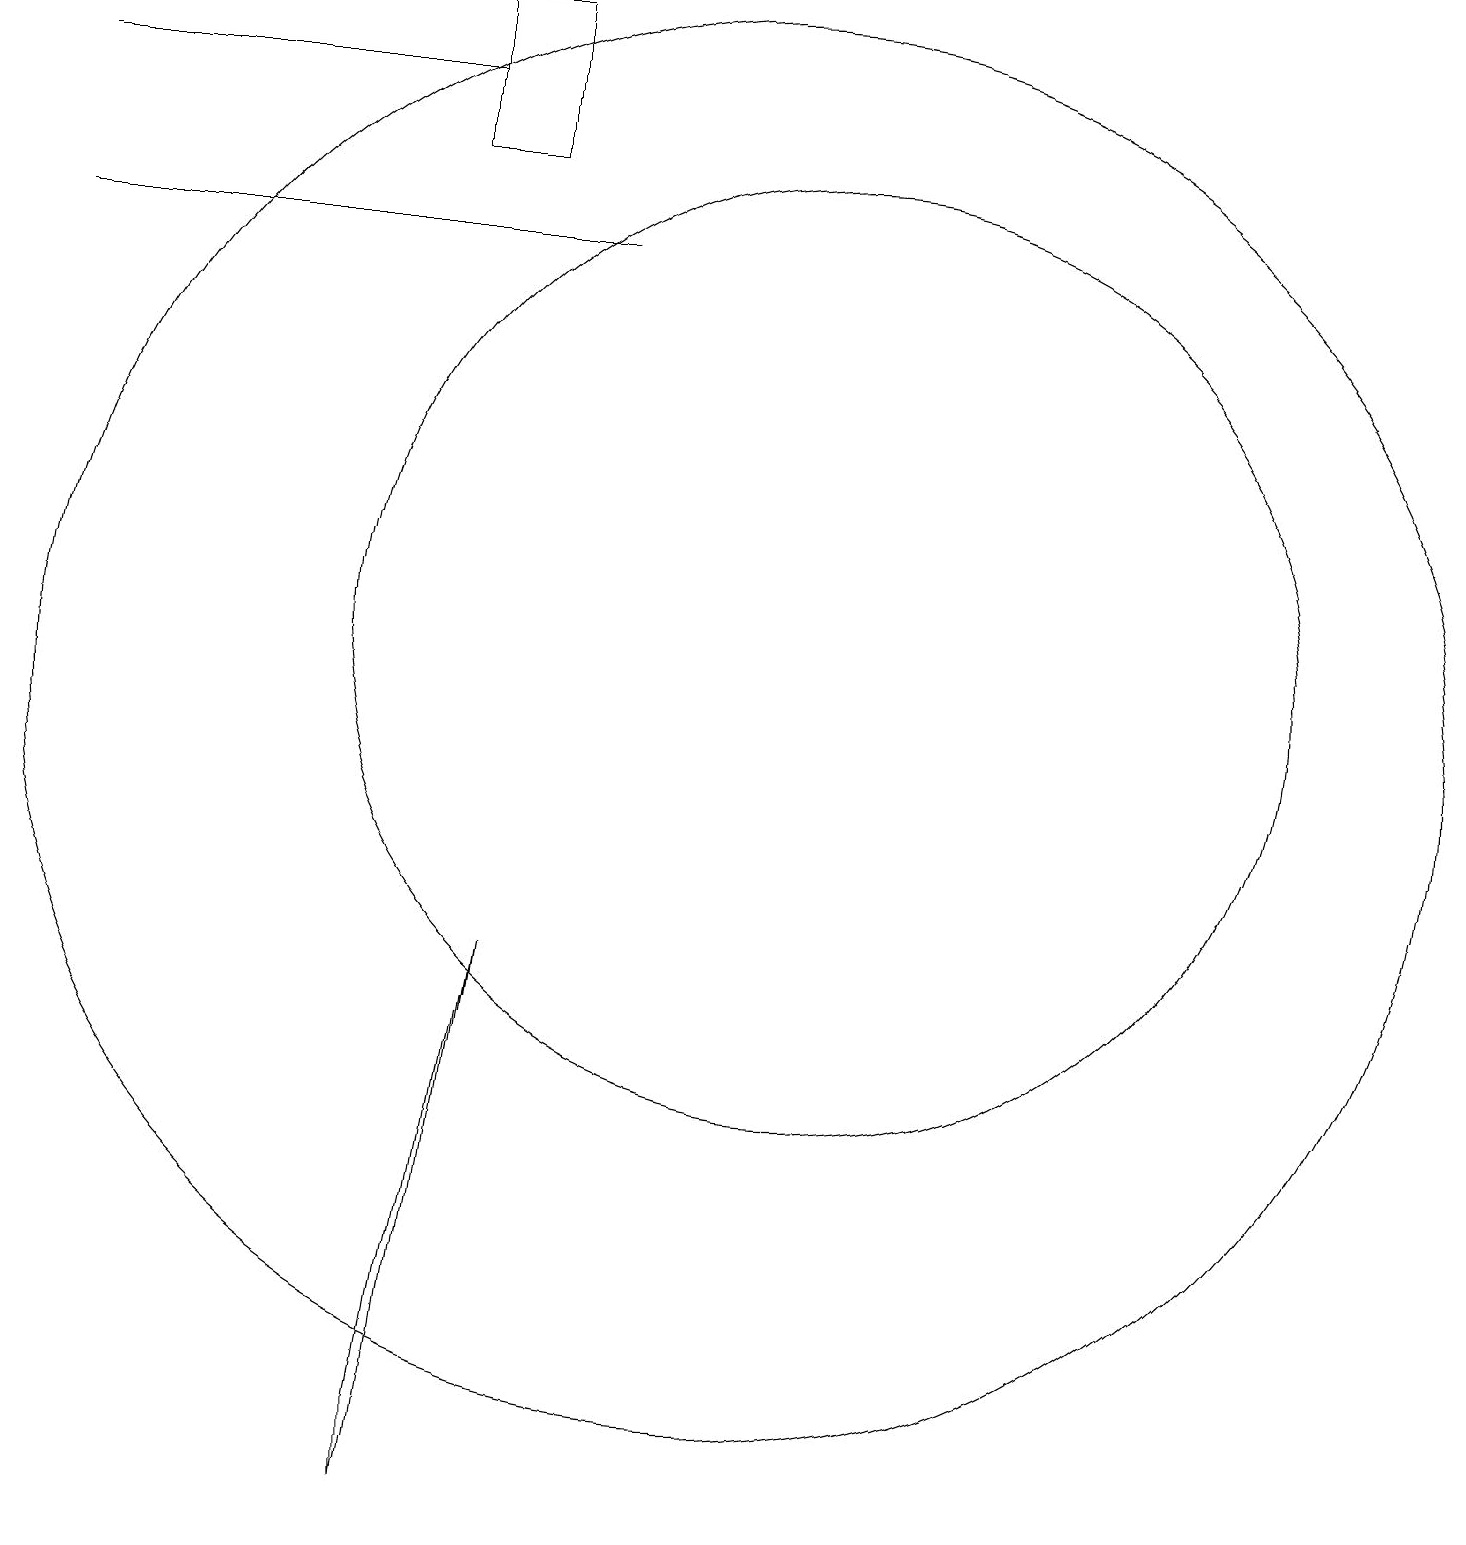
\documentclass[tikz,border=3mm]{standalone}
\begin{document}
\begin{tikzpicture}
\draw (7,18) rectangle (2,18);
\draw (12,11) circle (6);
\draw (7,0) -- (8,7) -- (7,1) -- cycle;
\draw (8,17) rectangle (7,19);
\draw (2,16) rectangle (9,16);
\draw (11,10) circle (0);
\draw (11,10) circle (9);
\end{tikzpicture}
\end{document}